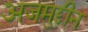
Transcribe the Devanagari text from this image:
अजमुद्दीन